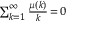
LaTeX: \scriptstyle \sum _ { k = 1 } ^ { \infty } { \frac { \mu ( k ) } { k } } \, = \, 0